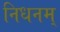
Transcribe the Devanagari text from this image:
निधनम्